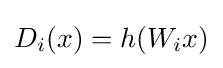
D_{i}(x)=h(W_{i}x)